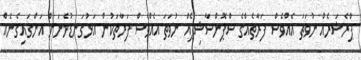
ޕްރެޝަރެއް ނުވަތަ އެއްވެސް ފަރާތެއްގެ ސްޕޮންސާޝިޕެއް ނުވަތަ އެއްވެސް ފަރާތަކުން އަޅުގަނޑުމެނަށް އަންގައިގެނެއް